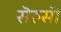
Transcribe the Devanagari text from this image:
सॆरुसी